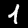
Label: 1